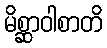
မိစ္ဆာဝါစာတိ